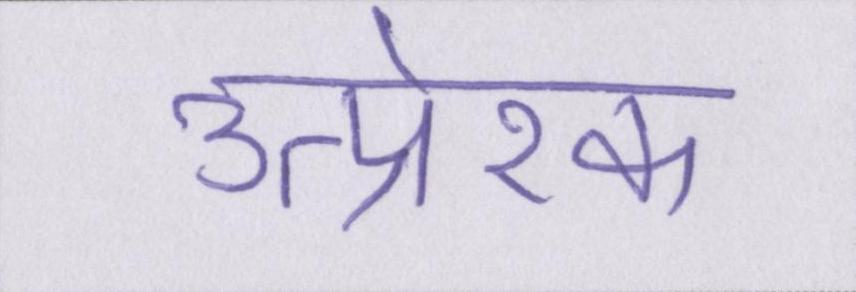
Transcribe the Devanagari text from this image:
उत्प्रेरक